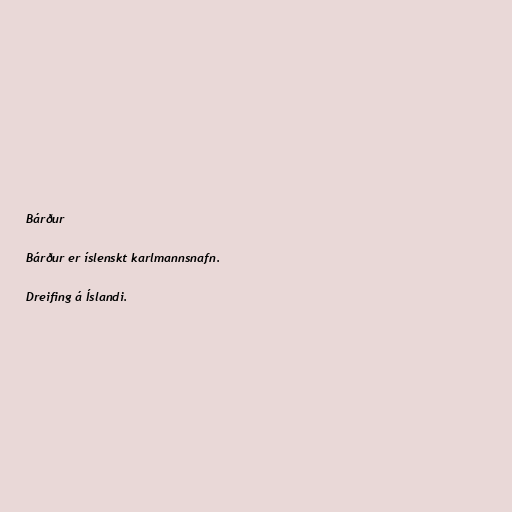
Bárður

Bárður er íslenskt karlmannsnafn.

Dreifing á Íslandi.